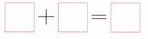
$$\Box + \Box = \Box$$